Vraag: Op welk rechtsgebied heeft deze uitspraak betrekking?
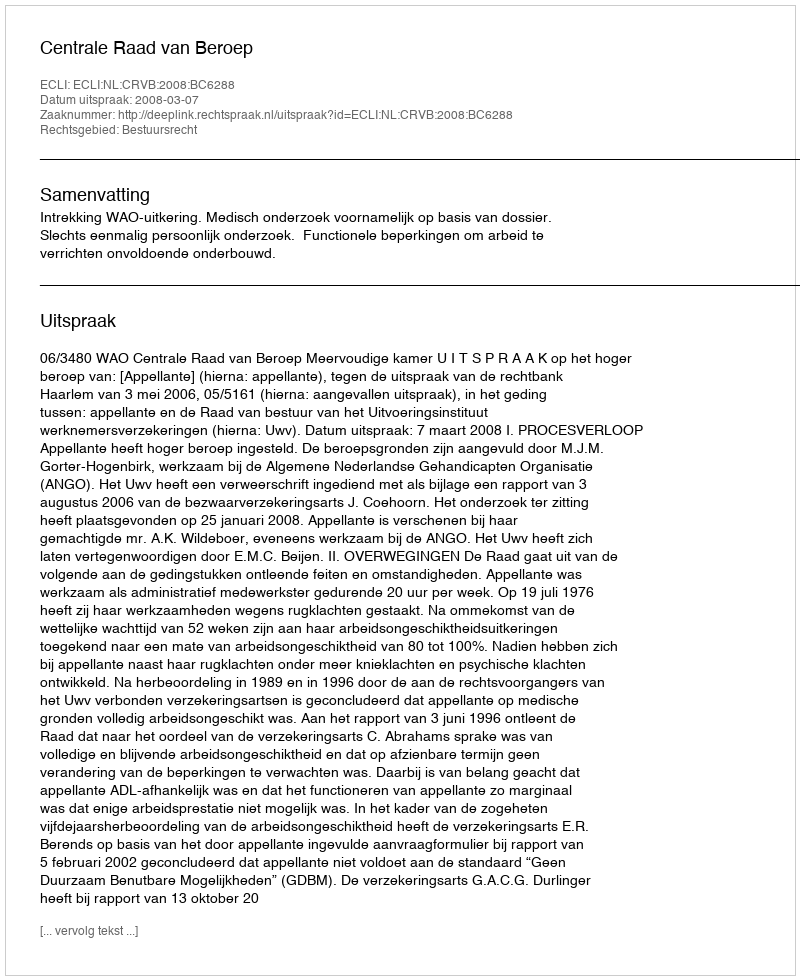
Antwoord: Bestuursrecht